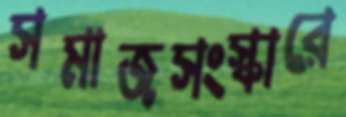
সমাজসংস্কারে